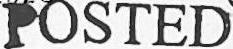
POSTED